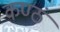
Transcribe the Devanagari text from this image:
कण्ठं